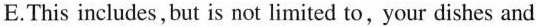
E.This includes, but is not limited to,your dishes and